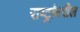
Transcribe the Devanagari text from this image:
राष्ट्रांवरील